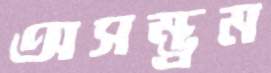
অসম্ভ্রম